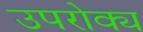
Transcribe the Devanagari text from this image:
उपरोक्य